Rules and regulations of the two years' vernacular class
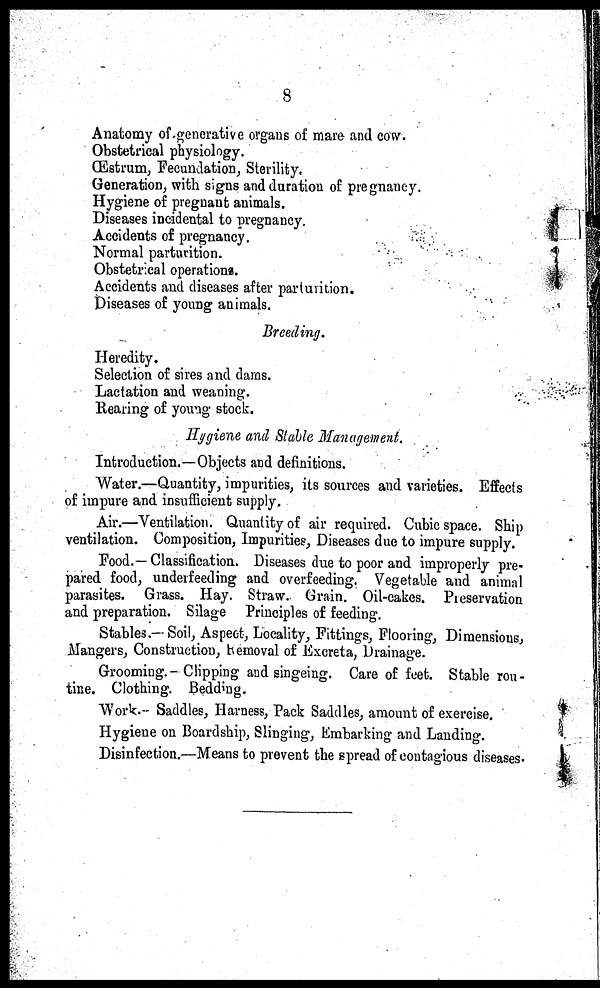
8
Anatomy of generative organs of mare and cow.
Obstetrical physiology.
Œstrum, Fecundation, Sterility.
Generation, with signs and duration of pregnancy.
Hygiene of pregnant animals.
Diseases incidental to pregnancy.
Accidents of pregnancy.
Normal parturition.
Obstetrical operations.
Accidents and diseases after parturition.
Diseases of young animals.
Breeding.
Heredity.
Selection of sires and dams.
Lactation and weaning.
Rearing of young stock.
Hygiene and Stable Management.
Introduction.—Objects and definitions.
Water.—Quantity, impurities, its sources and varieties. Effects
of impure and insufficient supply.
Air.—Ventilation. Quantity of air required. Cubic space. Ship
ventilation. Composition, Impurities, Diseases due to impure supply.
Food.— Classification. Diseases due to poor and improperly pre-
pared food, underfeeding and overfeeding. Vegetable and animal
parasites. Grass. Hay. Straw. Grain. Oil-cakes. Preservation
and preparation. Silage Principles of feeding.
Stables.-Soil, Aspect, Locality, Fittings, Flooring, Dimensions,
Mangers, Construction, Removal of Excreta, Drainage.
Grooming.-Clipping and singeing. Care of feet. Stable rou-
tine. Clothing. Bedding.
Work.- Saddles, Harness, Pack Saddles, amount of exercise.
Hygiene on Boardship, Slinging, Embarking and Landing.
Disinfection.—Means to prevent the spread of contagious diseases.